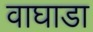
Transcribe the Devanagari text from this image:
वाघाडा